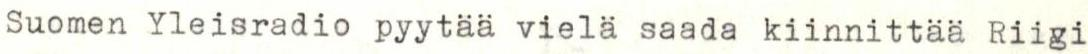
Suomen Yleisradio pyytää vielä saada kiinnittää Riigi